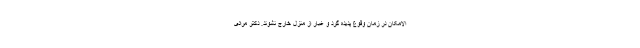
الامکان در زمان وقوع پدیده گرد و غبار از منزل خارج نشوند. دکتر مرادی